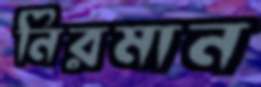
নিরমান